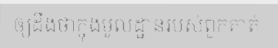
ឲ្យដឹងថាក្នុងមូលដ្ឋានរបស់ពួកគាត់